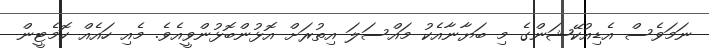
ނަމަވެސް އެޑިއުކޭޝަންގެ މި ބަޔާނާއެކު މައްސަލަ އިތުރަށް އޮޅުންބޮޅުންވީއެވެ. މެއި ހައެއް ކޮމެޓީން